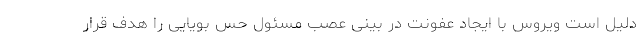
دلیل است ویروس با ایجاد عفونت در بینی عصب مسئول حس بویایی را هدف قرار